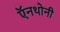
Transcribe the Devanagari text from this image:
ऍनथोनी